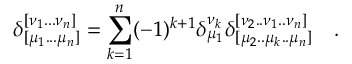
\delta _ { [ \mu _ { 1 } . . . \mu _ { n } ] } ^ { [ \nu _ { 1 } . . . \nu _ { n } ] } = \sum _ { k = 1 } ^ { n } ( - 1 ) ^ { k + 1 } \delta _ { \mu _ { 1 } } ^ { \nu _ { k } } \delta _ { [ \mu _ { 2 } . . \mu _ { k } . . \mu _ { n } ] } ^ { [ \nu _ { 2 } . . \nu _ { 1 } . . \nu _ { n } ] } ~ ~ ~ .